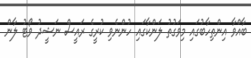
ބާއްވާ އިންތިހާބުގައި މިވަގުތު ލަންކާގައި ހުންނެވި ކުރީގެ ރައީސް ނަޝީދު ވޯޓު ލާން